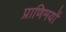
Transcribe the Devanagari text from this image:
प्राणिमयों